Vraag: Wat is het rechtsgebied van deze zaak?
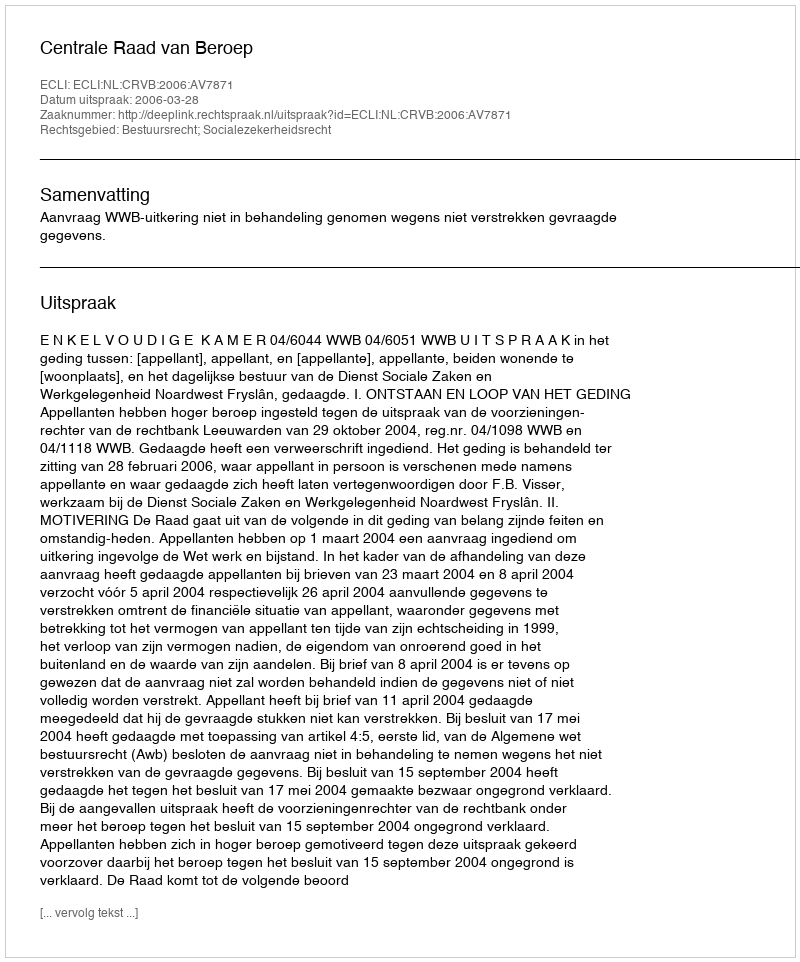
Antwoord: Bestuursrecht; Socialezekerheidsrecht